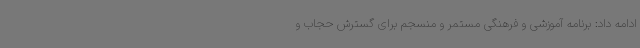
ادامه داد: برنامه آموزشی و فرهنگی مستمر و منسجم برای گسترش حجاب و